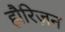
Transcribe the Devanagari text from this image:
हौरिज़न